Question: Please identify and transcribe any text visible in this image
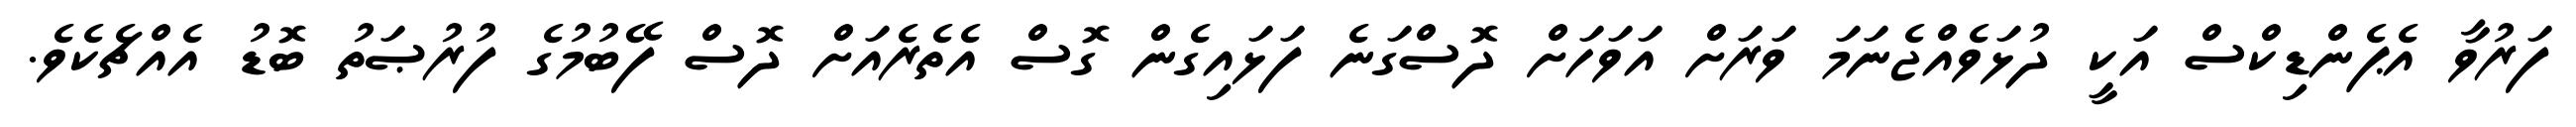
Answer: ފަރުވާ އެޕެންޑިކްސް އަކީ ދުޅަވެއްޖެނަމަ ވަރަށް އަވަހަށް ދޮސްގަނެ ފަޅައިގެން ގޮސް އެތެރެއަށް ދޮސް ފޭބުމުގެ ފުރުޞަތު ބޮޑު އެއްޗެކެވެ.